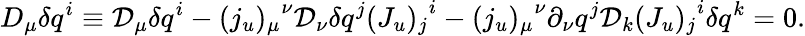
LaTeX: D_{\mu}\delta q^{i}\equiv{\cal D}_{\mu}\delta q^{i}-{(j_{u})_{\mu}}^{\nu}{\cal D}_{\nu}\delta q^{j}{(J_{u})_{j}}^{i}-{(j_{u})_{\mu}}^{\nu}\partial_{\nu}q^{j}{\cal D}_{k}{(J_{u})_{j}}^{i}\delta q^{k}=0.